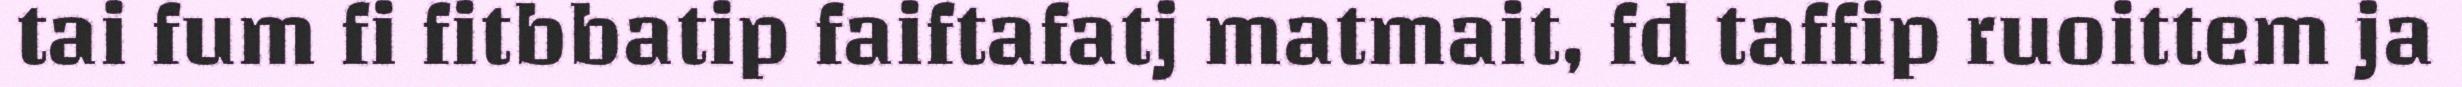
tai fum fi fitbbatip faiftafatj matmait, fd taffip ruoittem ja